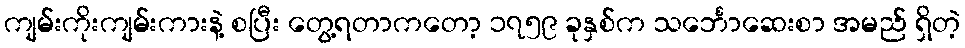
ကျမ်းကိုးကျမ်းကားနဲ့ စပြီး တွေ့ရတာကတော့ ၁၇၅၉ ခုနှစ်က သင်္ဘောဆေးစာ အမည် ရှိတဲ့